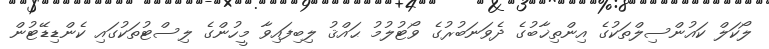
ލޯކަލް ކައުންސިލްތަކުގެ އިންތިޚާބުގެ ދެވަނަބުރުގެ ވޯޓުލުމު ޙައްޤު ލިބިފައިވާ މީހުންގެ ލިސްޓުތަކުގައި ކެންޑިޑޭޓުން